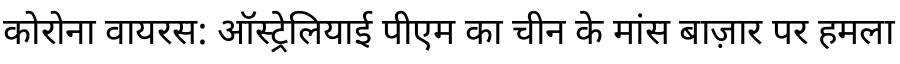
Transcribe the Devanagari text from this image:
कोरोना वायरस: ऑस्ट्रेलियाई पीएम का चीन के मांस बाज़ार पर हमला